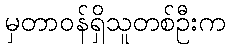
မှတာဝန်ရှိသူတစ်ဦးက